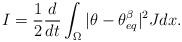
LaTeX: \begin{align*}I= \frac12\frac{d}{dt} \int_\Omega | \theta -\theta_{eq}^\beta|^2J dx. \end{align*}